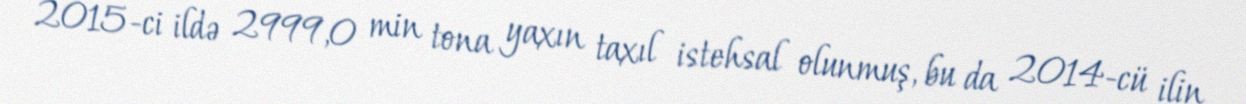
2015-ci ildə 2999,0 min tona yaxın taxıl istehsal olunmuş, bu da 2014-cü ilin